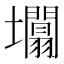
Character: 𡓲